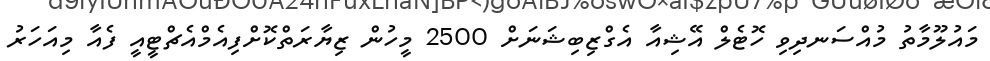
މައުލޫމާތު މުއްސަނދިވި ހޮޓެލް އޭޝިއާ އެގްޒިބިޝަނަށް 2500 މީހުން ޒިޔާރަތްކޮށްފިއެމްއެޗްޓީއީ ފެއާ މިއަހަރު